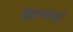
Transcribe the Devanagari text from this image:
विद्याभ्यासही